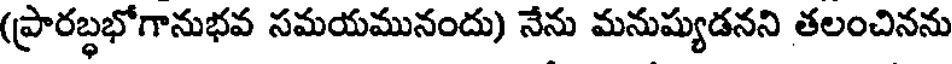
(ప్రారబ్ధభోగానుభవ సమయమునందు) నేను మనుష్యుడనని తలంచినను